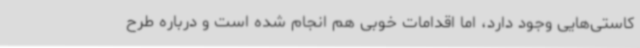
کاستی‌هایی وجود دارد، اما اقدامات خوبی هم انجام شده است و درباره طرح